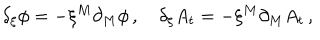
\delta _ { \xi } \phi = - \xi ^ { M } \partial _ { M } \phi \, , \quad \delta _ { \xi } A _ { t } = - \xi ^ { M } \partial _ { M } A _ { t } \, ,